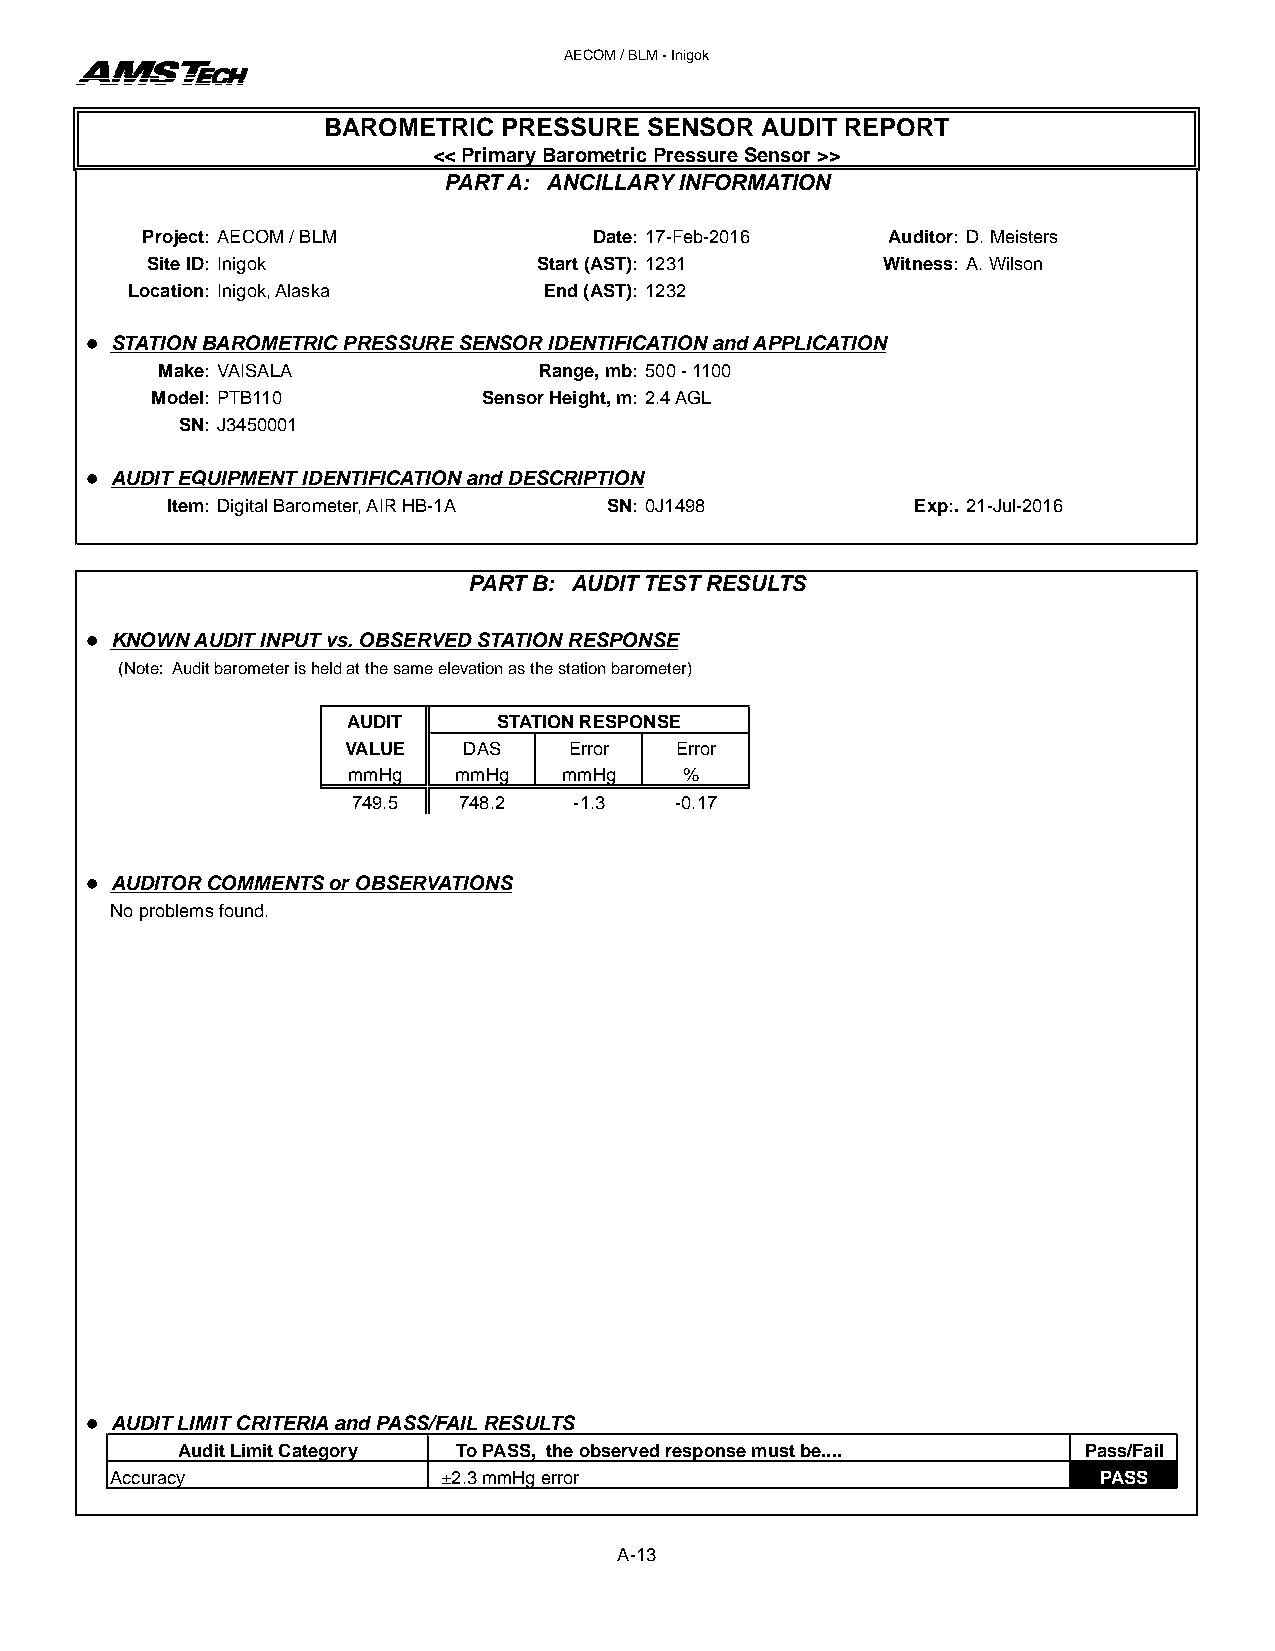
AECOM / BLM - Inigok
 BAROMETRIC  PRESSURE  SENSOR AUDIT REPORT
 << Primary Barometric Pressure Sensor >>
 PART A: ANCILLARY INFORMATION
 Project: AECOM / BLM          Date: 17-Feb-2016   Auditor: D. Meisters
 Site ID: Inigok           Start (AST): 1231     Witness: A. Wilson
 Location: Inigok, Alaska    End (AST): 1232
 l STATION BAROMETRIC PRESSURE SENSOR IDENTIFICATION and APPLICATION
 Make: VAISALA             Range, mb: 500 - 1100
 Model: PTB110         Sensor Height, m: 2.4 AGL
 SN: J3450001
 l AUDIT EQUIPMENT IDENTIFICATION and DESCRIPTION
 Item: Digital Barometer, AIR HB-1A SN: 0J1498     Exp:. 21-Jul-2016
 PART B: AUDIT TEST RESULTS
 l KNOWN AUDIT INPUT vs. OBSERVED STATION RESPONSE
 (Note: Audit barometer is held at the same elevation as the station barometer)
 AUDIT     STATION RESPONSE
 VALUE   DAS    Error  Error
 mmHg   mmHg   mmHg    %
 749.5  748.2   -1.3   -0.17
 l AUDITOR COMMENTS or OBSERVATIONS
 No problems found.
 l AUDIT LIMIT CRITERIA and PASS/FAIL RESULTS
 Audit Limit Category To PASS, the observed response must be.... Pass/Fail
 Accuracy              ±2.3 mmHg error                             PASS
 A-13